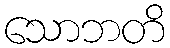
သောဘတိ